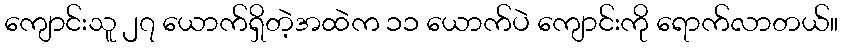
ကျောင်းသူ ၂၇ ယောက်ရှိတဲ့အထဲက ၁၁ ယောက်ပဲ ကျောင်းကို ရောက်လာတယ်။